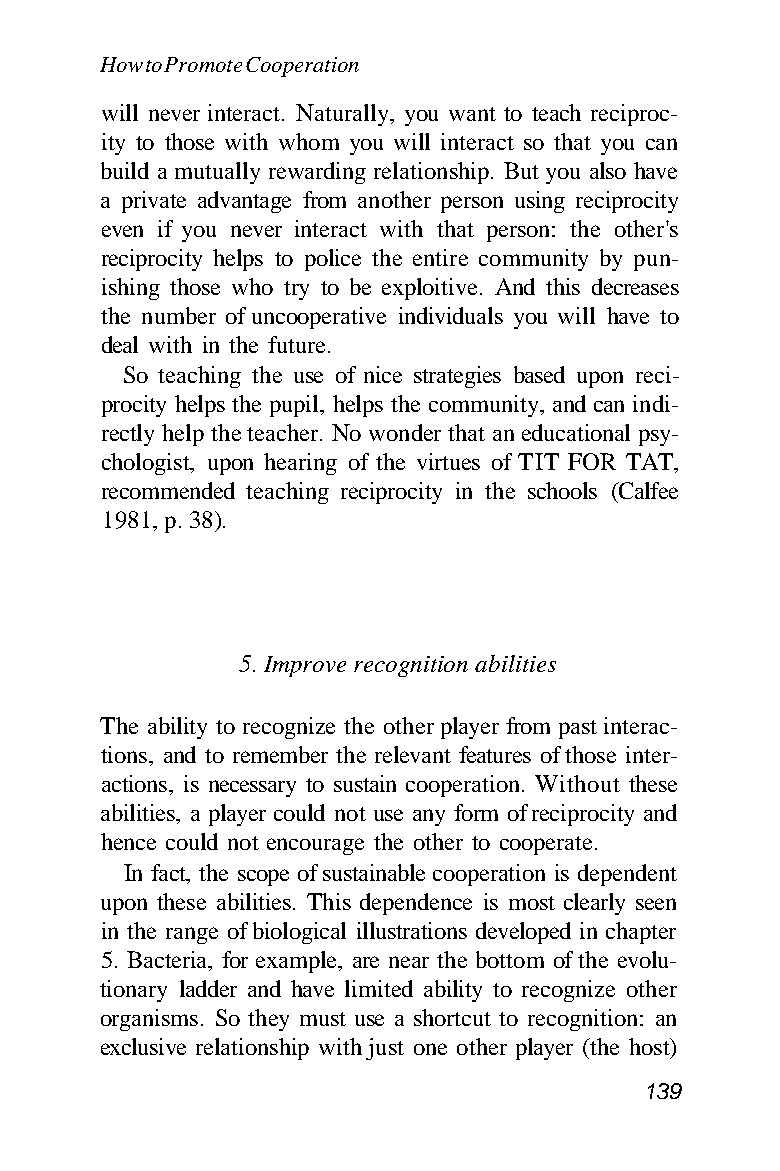
How to Promote Cooperation
 will never interact. Naturally, you want to teach reciproc-
 ity to those with whom you will interact so that you can
 build a mutually rewarding relationship. But you also have
 a private advantage from another person using reciprocity
 even if you never interact with that person: the other's
 reciprocity helps to police the entire community by pun-
 ishing those who try to be exploitive. And this decreases
 the number of uncooperative individuals you will have to
 deal with in the future.
 So teaching the use of nice strategies based upon reci-
 procity helps the pupil, helps the community, and can indi-
 rectly help the teacher. No wonder that an educational psy-
 chologist, upon hearing of the virtues of TIT FOR TAT,
 recommended teaching reciprocity in the schools (Calfee
 1981, p. 38).
 5. Improve recognition abilities
 The ability to recognize the other player from past interac-
 tions, and to remember the relevant features of those inter-
 actions, is necessary to sustain cooperation. Without these
 abilities, a player could not use any form of reciprocity and
 hence could not encourage the other to cooperate.
 In fact, the scope of sustainable cooperation is dependent
 upon these abilities. This dependence is most clearly seen
 in the range of biological illustrations developed in chapter
 5. Bacteria, for example, are near the bottom of the evolu-
 tionary ladder and have limited ability to recognize other
 organisms. So they must use a shortcut to recognition: an
 exclusive relationship with just one other player (the host)
 139